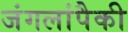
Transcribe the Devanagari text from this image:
जंगलांपैकी